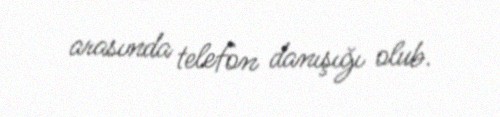
arasında telefon danışığı olub.